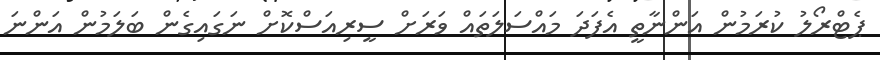
ޕެޓްރޯލު ކުރަމުން އަންނާތީ އެފަދަ މައްސަލަތައް ވަރަށް ސީރިއަސްކޮށް ނަގައިގެން ބަލަމުން އަންނަ